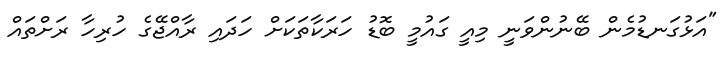
"އަޅުގަނޑުމެން ބޭނުންވަނީ މިއީ ގައުމީ ބޮޑު ހަރަކާތަކަށް ހަދައި ރާއްޖޭގެ ހުރިހާ ރަށްތައް